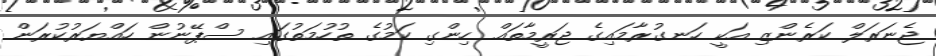
ޖެނަރަލް ކަރެންޒި އަކީ ހަނގުރާމައިގެ ޖަރީމާތައް ހިންގި ކަމުގެ ތުހުމަތުގައި ސްޕޭނުން ހައްޔަރުކުރަން